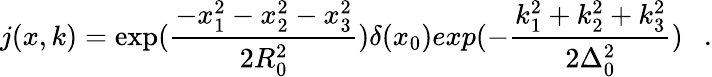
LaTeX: j(x,k)=\exp(\frac{-x_{1}^{2}-x_{2}^{2}-x_{3}^{2}}{2R_{0}^{2}})\delta(x_{0})exp(-\frac{k_{1}^{2}+k_{2}^{2}+k_{3}^{2}}{2\Delta_{0}^{2}})~~~.